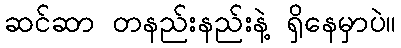
ဆင်ဆာ တနည်းနည်းနဲ့ ရှိနေမှာပဲ။